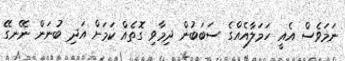
ނަމަވެސް އެއީ ހަމަލާއެއްގެ ސަބަބުން ދިމާވި ގޮތެއް ކަމަށް އަދި ބުނަން ނޭނގޭ